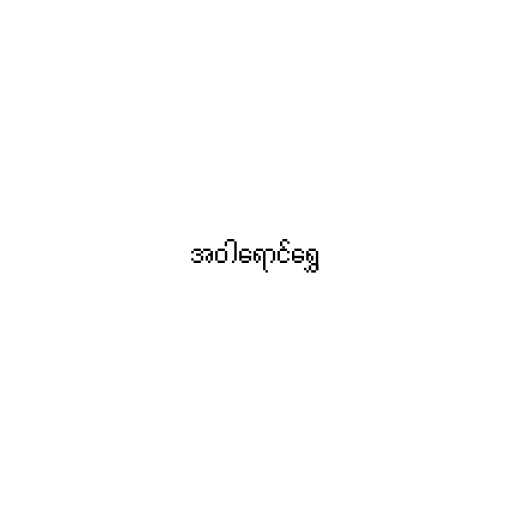
အဝါရောင်ရွှေ